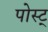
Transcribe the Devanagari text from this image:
पोस्ट्